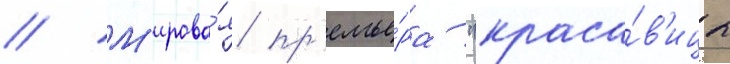
// М'ирова́я пр'емье́ра "краса́в'ицы